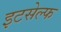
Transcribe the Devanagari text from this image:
इटसेल्फ